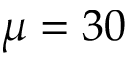
\mu = 3 0